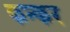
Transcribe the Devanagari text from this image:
कन्कर